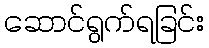
ဆောင်ရွက်ရခြင်း